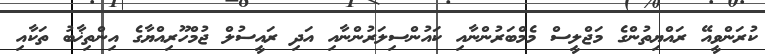
ކުރަންވީއޭ ރައްޔިތުންގެ މަޖްލީސް މެމްބަރުންނާއި ކައުންސިލަރުންނާއި އަދި ރައީސުލް ޖުމްހޫރިއްޔާގެ އިންތިޚާބު ތަކާއި